Lunatic asylums in Bengal annual reports 1899-1911 - 1899-1911
Year: 1899
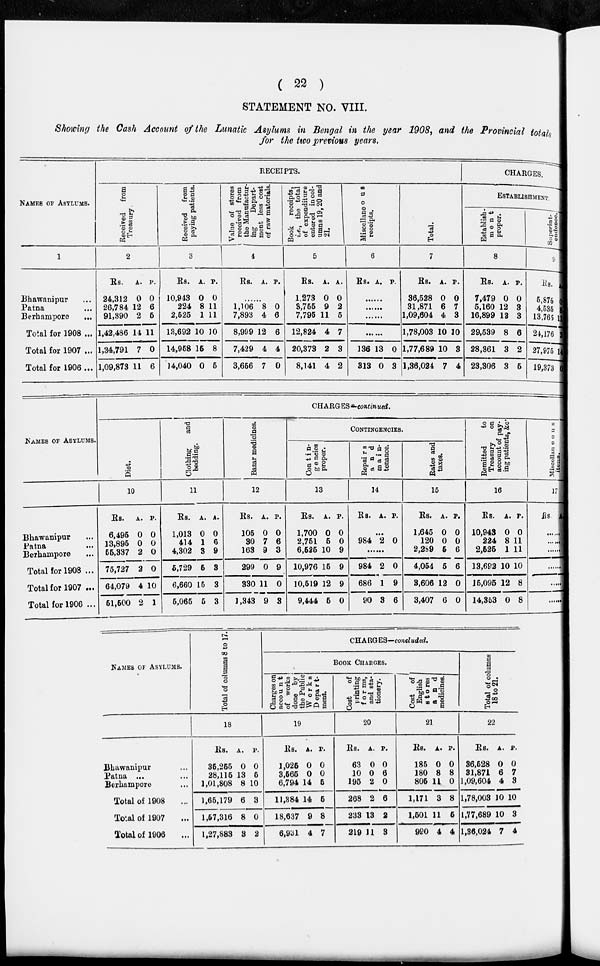
( 22 )
STATEMENT NO. VIII.
Showing the Cash Account of the Lunatic Asylums in Bengal in the year 1908, and the Provincial totals
for the two previous years.
NAMES OF ASYLUMS.
1
Bhawanipur ...
Patna ...
Berhampore
...
Total for 1908 ...
Total for 1907 ...
Total for 1906 ...
RECEIPTS.
Received
from
Treasury.
2
Rs.
24,312
26,784
91,390
1,42,486
1,34,791
1,09,873
A.
0
12
2
14
7
11
P.
0
6
5
11
0
6
Received
from
paying patients.
3
Rs.
10,943
224
2,525
13,692
14,958
14,040
A.
0
8
1
10
16
0
P.
0
11
11
10
8
5
Value of stores
received from
the Manufactur-
ing
Depart-
ment less cost
of raw materials.
4
Rs. A. P.
......
1,106
7,893
8,999
7,429
3,656
8
4
12
4
7
0
6
6
4
0
Book receipts,
i.e., the total
of expenditure
entered in col-
umns 19,20 and
21.
5
Rs.
1,273
3,755
7,795
12,824
20,373
8,141
A.
0
9
11
4
2
4
P.
0
2
5
7
3
2
Miscellaneous
receipts.
6
Rs. A. P.
......
......
......
......
136
313
13
0
0
3
Total.
7
Rs.
36,528
31,871
1,09,604
1,78,003
1,77,689
1,36,024
A.
0
6
4
P.
0
7
3
10 10
10
7
3
4
CHARGES.
ESTABLISHMENT.
Establish¬
ment
proper.
8
Rs.
7,479
5,160
16,899
29,539
28,361
23,306
A.
0
12
12
8
3
3
P.
0
3
3
6
2
5
Superint¬
tendence.
9
Rs.
5,875
4,535
13,765
24,176
27,975
19,373
NAMES OF ASYLUMS.
Bhawanipur ...
Patna
...
Berhampore ...
Total for 1908 ...
Total for 1907 ...
Total for 1906 ...
CHARGES—continued.
Diet.
10
Rs.
6,495
13,896
55,337
75,727
64,079
51,500
A.
0
0
2
2
4
2
P.
0
0
0
0
10
1
Clothing
and
bedding.
11
Rs.
1,013
414
4,302
5,729
6,660
5,065
A.
0
1
3
5
15
5
P.
0
6
9
3
3
3
Bazar medicines.
12
Rs.
105
30
163
299
330
1,343
A.
0
7
9
0
11
9
P.
0
6
3
9
0
3
CONTINGENCIES.
Contin¬
gencies
proper.
13
Rs.
1,700
2,751
6,525
10,976
10,519
9,444
A.
0
5
10
15
12
5
P.
0
0
9
9
9
0
Repairs
and
main¬
tenance.
14
Rs. A. P.
...
984 2 0
......
984
686
90
2
1
3
0
9
6
Rates and
taxes.
15
Rs.
1,645
120
2,289
4,054
3,606
3,407
A.
0
0
5
5
12
6
P.
0
0
6
6
0
0
Remitted
to
Treasury
on
account of pay-
ing patients, &c.
16
Rs.
10,943
224
2,525
13,692
15,095
14,353
A.
0
8
1
10
12
0
P.
0
11
11
10
8
8
Miscellaneous.
17
Rs.
......
......
......
......
......
......
NAMES OF ASYLUMS.
Bhawanipur ...
Patna ...
Berhampore ...
Total of 1908 ...
Total of 1907 ...
Total of 1906 ...
Total of columns 8 to 17.
18
Rs.
35,255
28,115
1,01,808
1,65,179
1,57,316
1,27,883
A.
0
13
8
6
8
3
P.
0
5
10
3
0
2
CHARGES—concluded.
BOOK CHARGES.
Charges on
account
of works
done by
the Public
Works
Depart¬
ment.
19
Rs.
1,025
3,565
6,794
11,384
18,637
6,931
A.
0
0
14
14
9
4
P.
0
0
5
5
8
7
Cost
of
printing
for ms,
and sta-
tionery.
20
Rs.
63
10
195
268
233
219
A.
0
0
2
2
13
11
P.
0
6
0
6
2
3
Cost of
English
stores
and
medicines.
21
Rs.
185
180
805
1,171
1,501
990
A.
0
8
11
3
11
4
P.
0
8
0
8
5
4
Total of columns
18 to 21.
22
Rs.
36,528
31,871
1,09,604
1,78,003
1,77,689
1,36,024
A.
0
6
4
10
10
7
P.
0
7
3
10
3
4